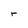
Character: r